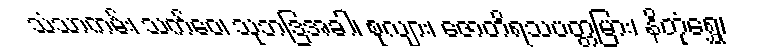
သံသာကမ်း၊ သက်ဝေ၊ သုဘဒြအခါ၊ စုလျား၊ ဇောတိရသပတ္တမြား၊ နိတုံရွှေ၊